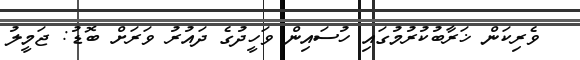
ވެރިކަން ޚަރާބުކުރުމުގައި ހުސައިން ވަހީދުގެ ދައުރު ވަރަށް ބޮޑު: ޖަމީލު